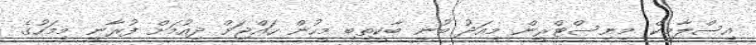
އިސްލާމިކް މިނިސްޓްރީން މިއަދު ބުނީ ބާކީތިބި މީހުން ހައްޖަށް ދިއުމަށް ފުރާނީ މިމަހުގެ